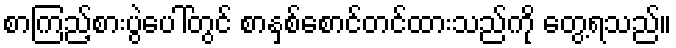
စာကြည့်စားပွဲပေါ်တွင် စာနှစ်စောင်တင်ထားသည်ကို တွေ့ရသည်။